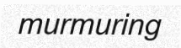
murmuring